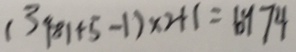
( 3 4 8 1 + 5 - 1 ) \times 2 + 1 = 6 9 7 4